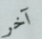
آخر